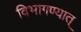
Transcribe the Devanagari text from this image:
विभागण्यात्